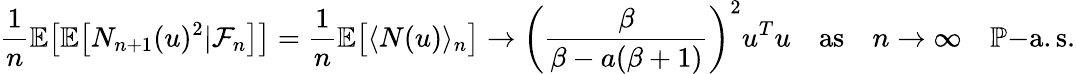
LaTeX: \frac{1}{n}\mathbb{E}\big[\mathbb{E}\big[N_{n+1}(u)^{2}|\mathcal{F}_{n}\big]\big]=\frac{1}{n}\mathbb{E}\big[\langle N(u)\rangle_{n}\big]\to\bigg(\frac{\beta}{\beta-a(\beta+1)}\bigg)^{2}u^{T}u\quad\mathrm{as}\quad n\to\infty\quad\mathbb{P}\mathrm{-a.s.}